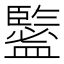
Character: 𥃉